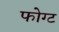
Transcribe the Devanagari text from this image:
फोग्ट